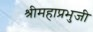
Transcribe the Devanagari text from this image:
श्रीमहाप्रभुजी